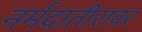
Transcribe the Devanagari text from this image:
नर्मदातीरावर